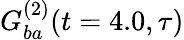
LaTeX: G_{ba}^{(2)}(t=4.0,\tau)